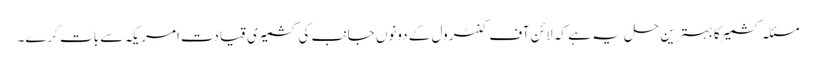
مسئلہ کشمیر کا بہترین حل یہ ہے کہ لائن آف کنٹرول کے دونوں جانب کی کشمیری قیادت امریکہ سے بات کرے۔